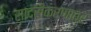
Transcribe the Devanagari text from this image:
सादरीकरणावर